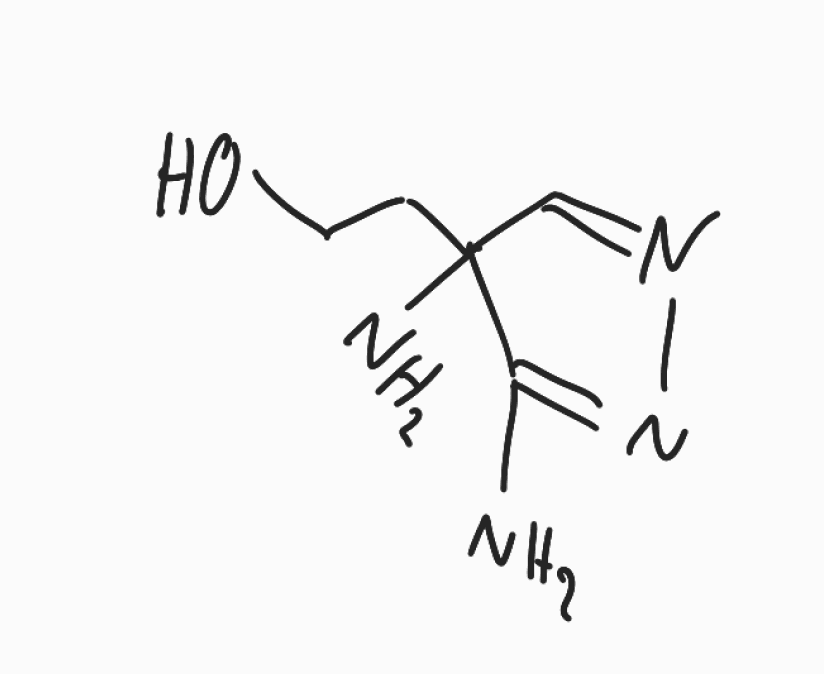
Simplified molecular-input line-entry system (SMILES) notation of the given molecule:
C1=NN=C(C1(CCO)N)N